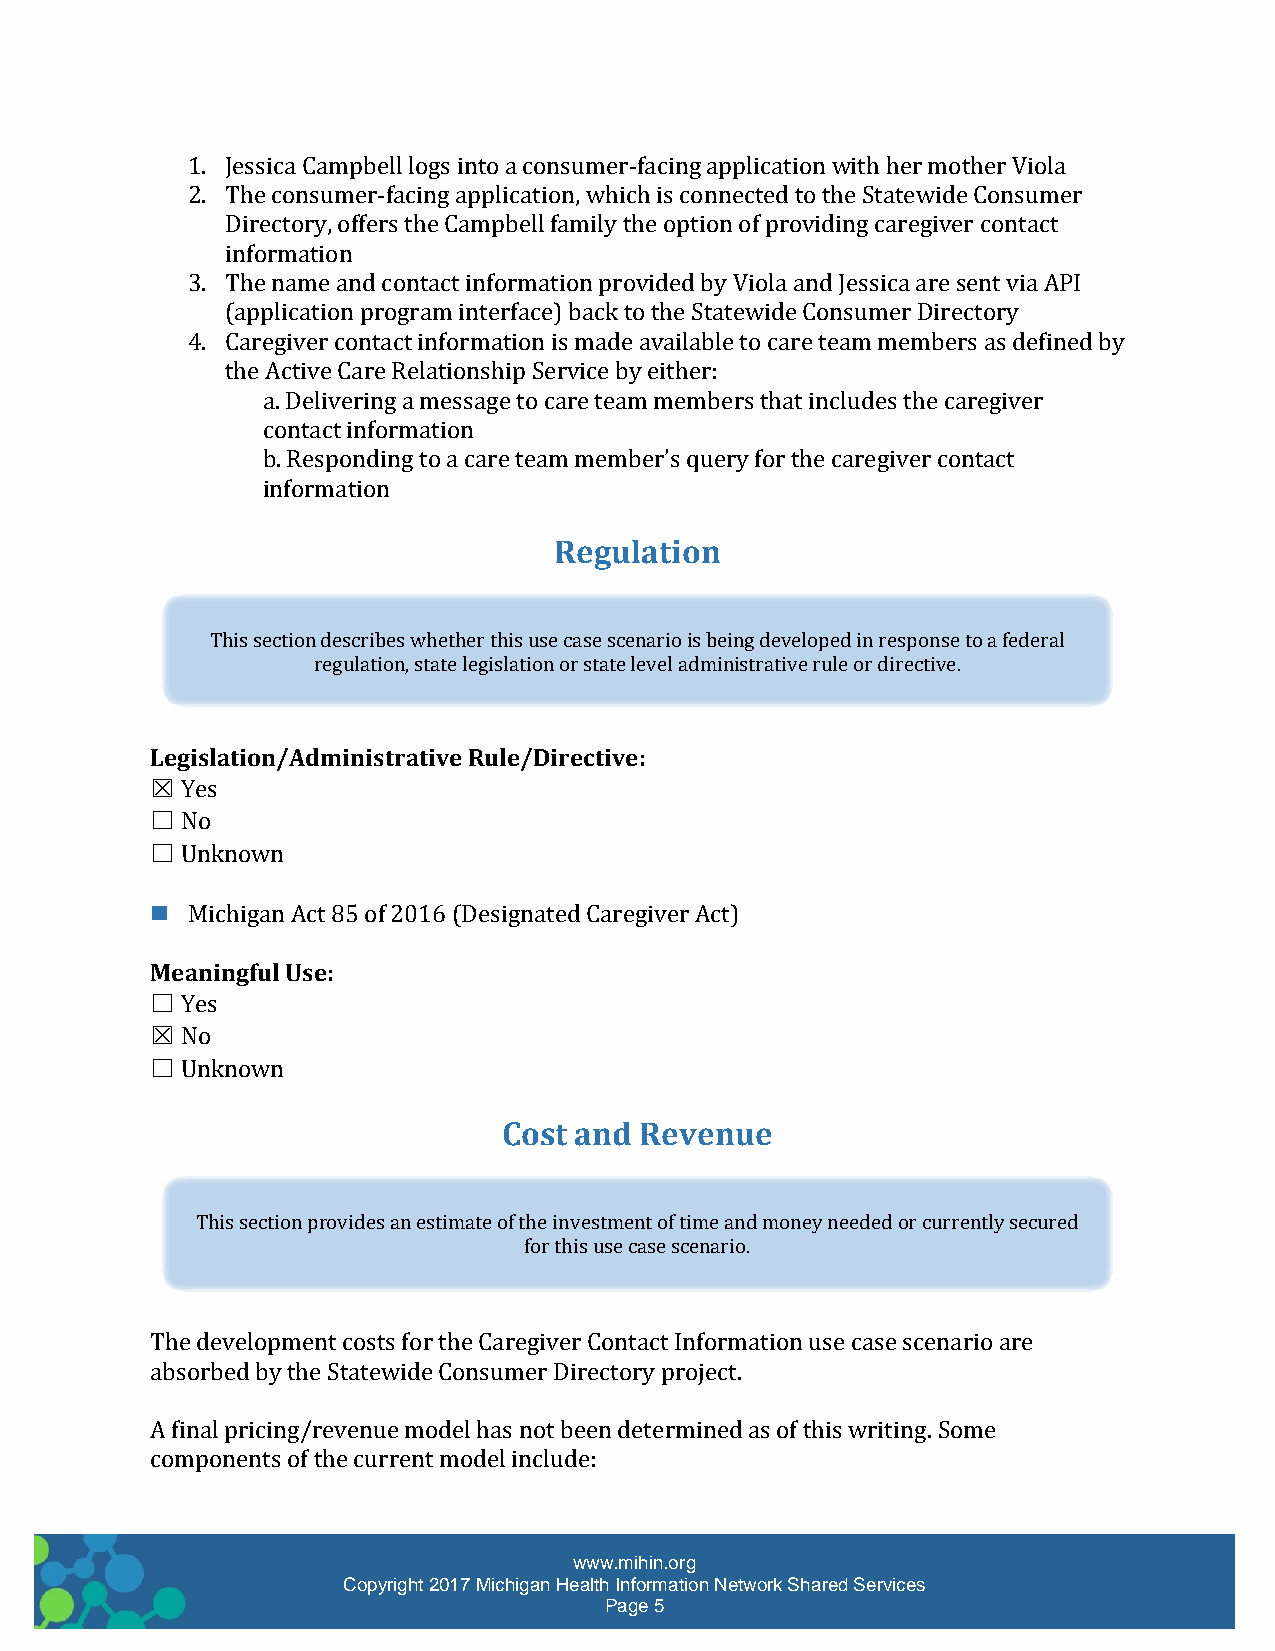
1. Jessica Campbell logs into a consumer-facing application with her mother Viola
 2. The consumer-facing application, which is connected to the Statewide Consumer
 Directory, offers the Campbell family the option of providing caregiver contact
 information
 3. The name and contact information provided by Viola and Jessica are sent via API
 (application program interface) back to the Statewide Consumer Directory
 4. Caregiver contact information is made available to care team members as defined by
 the Active Care Relationship Service by either:
 a. Delivering a message to care team members that includes the caregiver
 contact information
 b. Responding to a care team member’s query for the caregiver contact
 information
 Regulation
 This section describes whether this use case scenario is being developed in response to a federal
 regulation, state legislation or state level administrative rule or directive.
 Legislation/Administrative Rule/Directive:
 ☒ Yes
 ☐ No
 ☐ Unknown
  Michigan Act 85 of 2016 (Designated Caregiver Act)
 Meaningful Use:
 ☐ Yes
 ☒ No
 ☐ Unknown
 Cost and Revenue
 This section provides an estimate of the investment of time and money needed or currently secured
 for this use case scenario.
 The development costs for the Caregiver Contact Information use case scenario are
 absorbed by the Statewide Consumer Directory project.
 A final pricing/revenue model has not been determined as of this writing. Some
 components of the current model include:
 www.mihin.org
 Copyright 2017 Michigan Health Information Network Shared Services
 Page 5